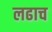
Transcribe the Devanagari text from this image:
लढाच